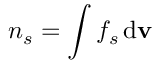
n _ { s } = \int f _ { s } \, \mathrm { d } \mathbf { v }